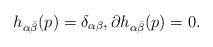
LaTeX: \begin{align*}h_{\alpha\bar{\beta}}(p)=\delta_{\alpha\beta}, \partial h_{\alpha\bar{\beta}} (p)=0.\end{align*}